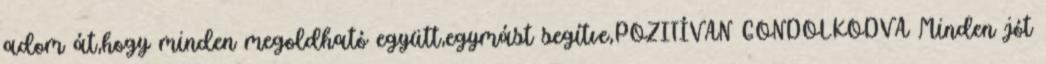
adom át,hogy minden megoldható együtt,egymást segítve,POZITÍVAN GONDOLKODVA Minden jót